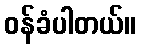
ဝန်ခံပါတယ်။